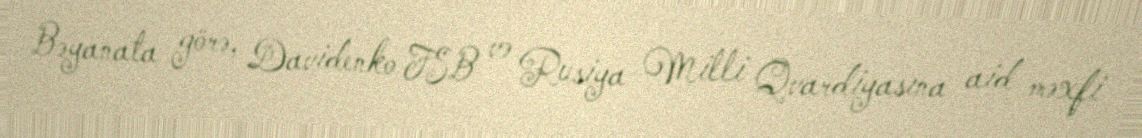
Bəyanata görə, Davidenko FSB və Rusiya Milli Qvardiyasına aid məxfi